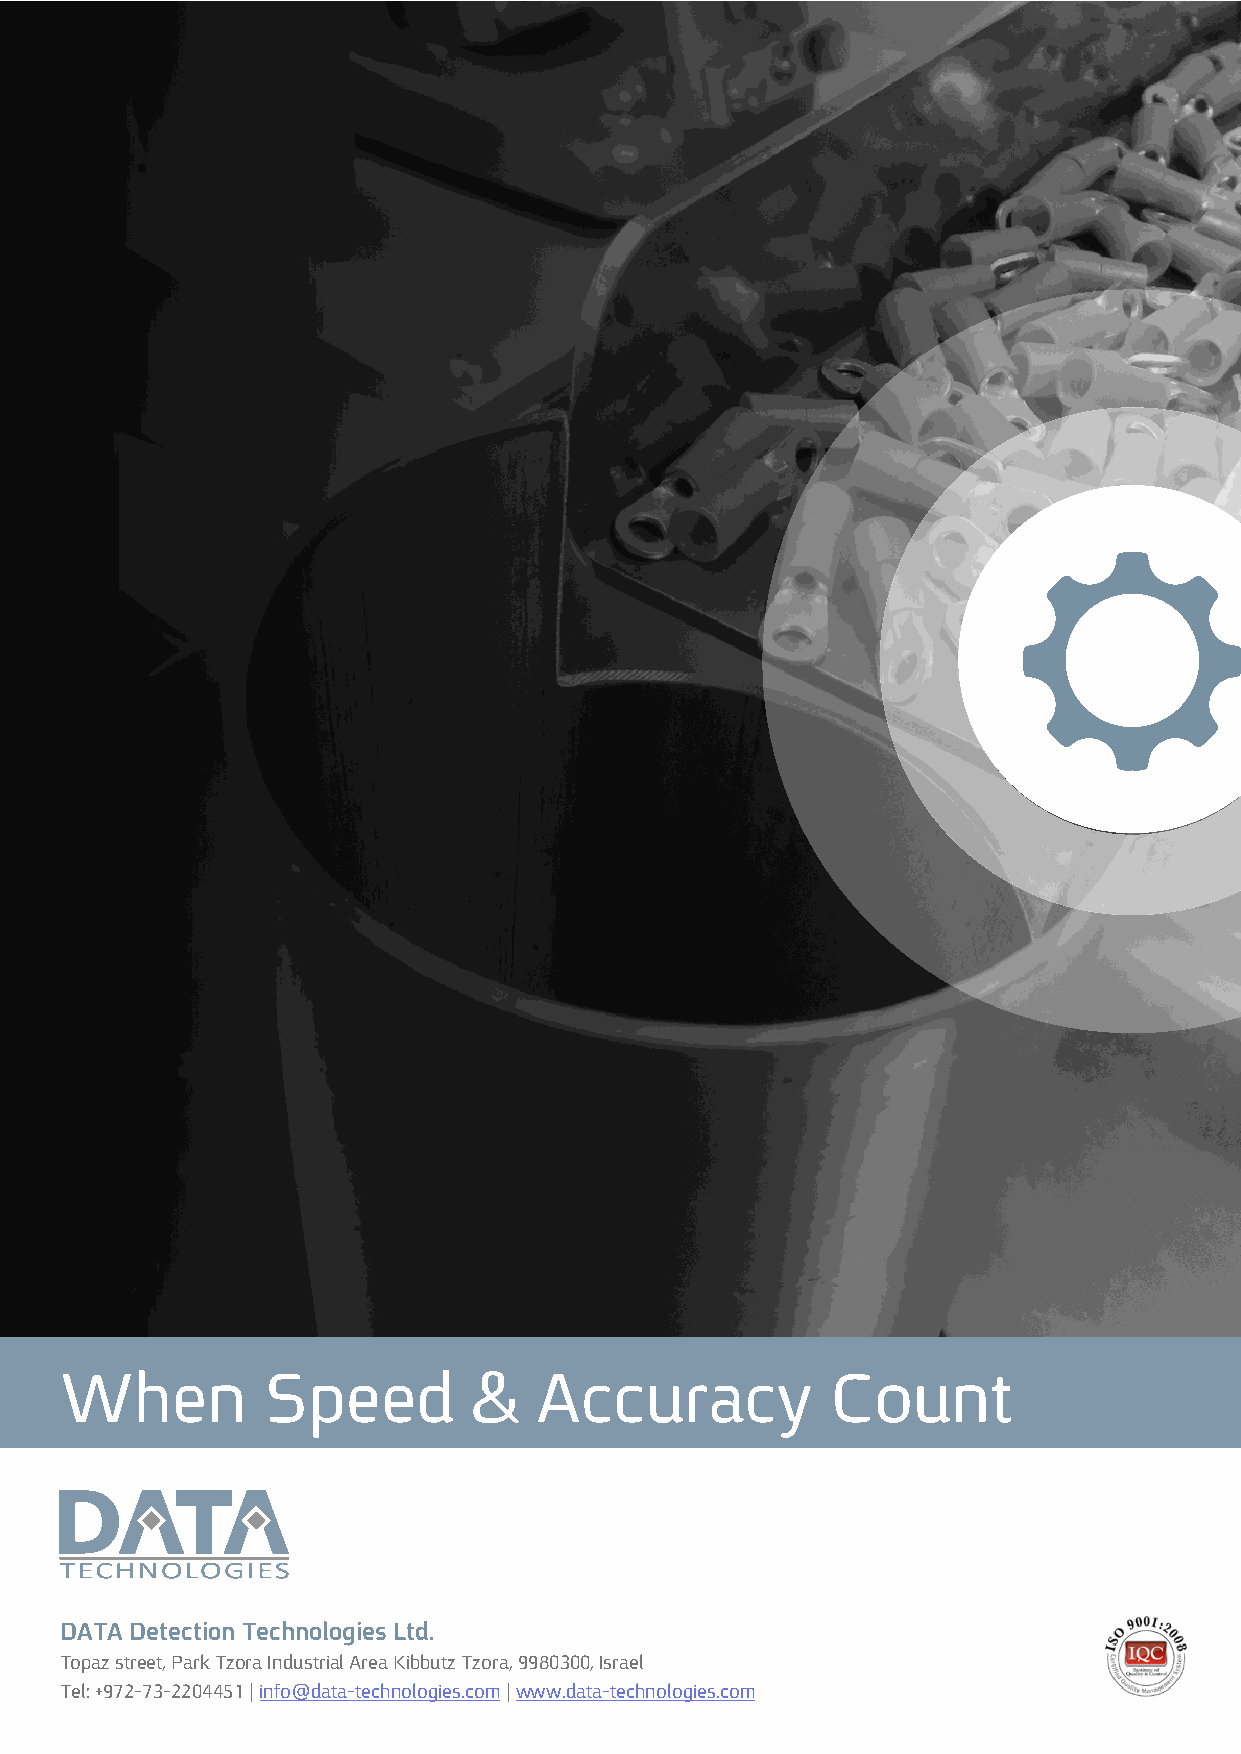
When         Speed         &   Accuracy            Count
 DATA Detection Technologies Ltd.
 Topaz street, Park Tzora Industrial Area Kibbutz Tzora, 9980300, Israel
 Tel: +972-73-2204451 | info@data-technologies.com | www.data-technologies.com